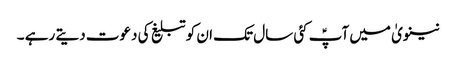
نینویٰ میں آپؑ کئی سال تک ان کو تبلیغ کی دعوت دیتے رہے ۔